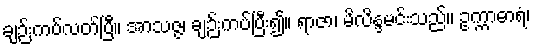
ချဉ်းကပ်လတ်ပြီ။ အာသဇ္ဇ၊ ချဉ်းကပ်ပြီး၍။ ရာဇာ၊ မိလိန္ဒမင်းသည်။ ဥက္ကာဓာရံ၊